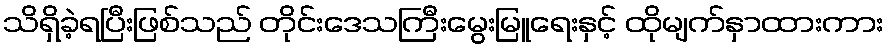
သိရှိခဲ့ရပြီးဖြစ်သည် တိုင်းဒေသကြီးမွေးမြူရေးနှင့် ထိုမျက်နှာထားကား